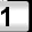
Digit: 1